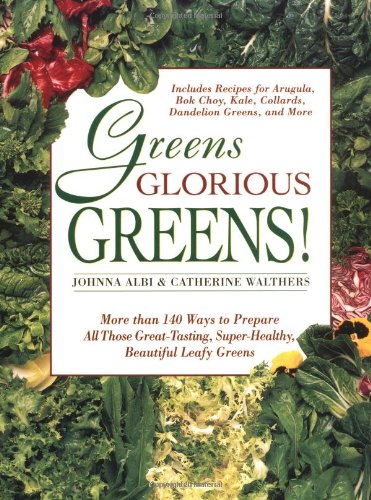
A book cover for Greens Glorious Greens!: More than 140 Ways to Prepare All Those Great-Tasting, Super-Healthy, Beautiful Leafy Greens; Johnna Albi; Cookbooks, Food & Wine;